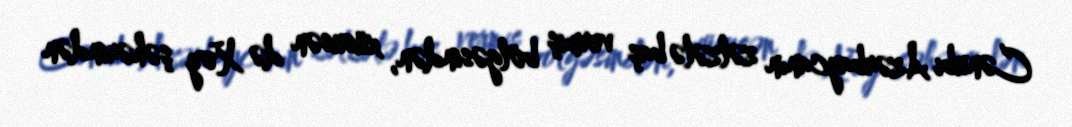
Cənubi Azərbaycanın zəlzələ baş vermiş bölgəsindən, xüsusən də Xoy şəhərindən